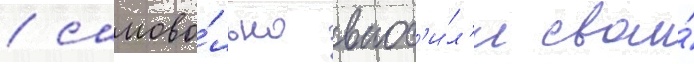
/ самово́льно внос'и́л'и свои́